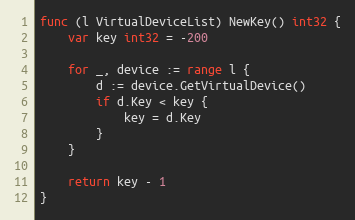
Language: Go
func (l VirtualDeviceList) NewKey() int32 {
	var key int32 = -200

	for _, device := range l {
		d := device.GetVirtualDevice()
		if d.Key < key {
			key = d.Key
		}
	}

	return key - 1
}